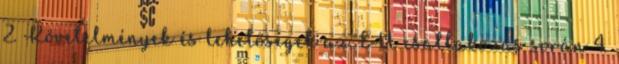
2. Követelmények és lehetőségek az EU csatlakozás során 4.